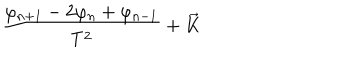
LaTeX: \frac { \varphi _ { n + 1 } - 2 \varphi _ { n } + \varphi _ { n - 1 } } { T ^ { 2 } } + \overrightarrow { K }